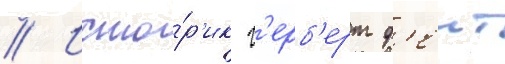
// Исто́р'ик г'ерб'ерт ф'еит